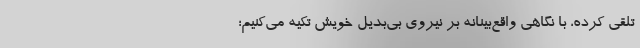
تلقی کرده، با نگاهی واقع‌بینانه بر نیروی بی‌بدیل خویش تکیه می‌کنیم؛